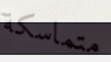
متماسكة